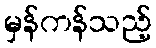
မှန်ကန်သည့်